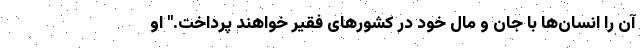
آن را انسان‌ها با جان و مال خود در کشورهای فقیر خواهند پرداخت." او